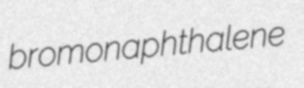
bromonaphthalene